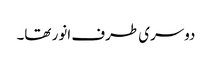
دوسری طرف انور تھا۔